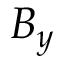
B _ { y }